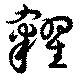
糴